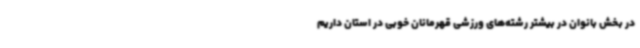
در بخش بانوان در بیشتر رشته‌های ورزشی قهرمانان خوبی در استان داریم